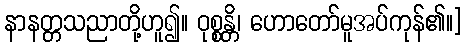
နာနတ္တသညာတို့ဟူ၍။ ဝုစ္စန္တိ၊ ဟောတော်မူအပ်ကုန်၏။]